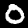
Digit: 0